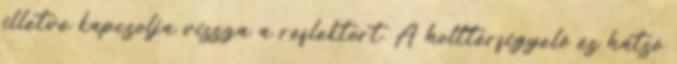
illetve kapcsolja vissza a reflektort. A holttérfigyelő és hátsó